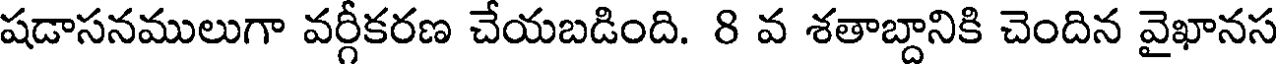
షడాసనములుగా వర్గీకరణ చేయబడింది. 8 వ శతాబ్దానికి చెందిన వైఖానస